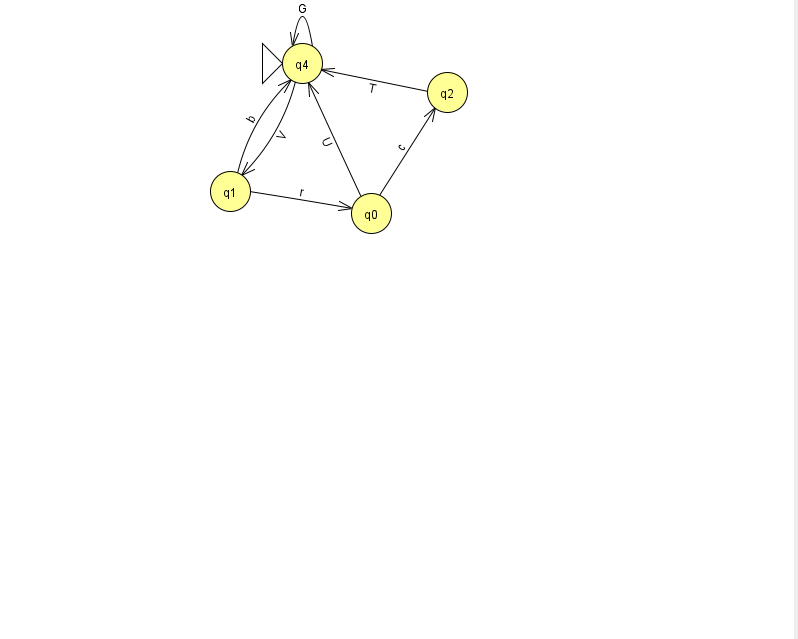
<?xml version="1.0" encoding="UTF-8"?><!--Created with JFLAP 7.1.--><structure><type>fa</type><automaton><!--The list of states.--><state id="0" name="q0"><x>371.0</x><y>200.0</y></state><state id="1" name="q1"><x>230.0</x><y>178.0</y></state><state id="2" name="q2"><x>447.0</x><y>79.0</y></state><state id="4" name="q4"><x>302.0</x><y>50.0</y><initial/></state><!--The list of transitions.--><transition><from>0</from><to>2</to><read>c</read></transition><transition><from>4</from><to>1</to><read>V</read></transition><transition><from>1</from><to>4</to><read>b</read></transition><transition><from>4</from><to>4</to><read>G</read></transition><transition><from>0</from><to>4</to><read>U</read></transition><transition><from>1</from><to>0</to><read>r</read></transition><transition><from>2</from><to>4</to><read>T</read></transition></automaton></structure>